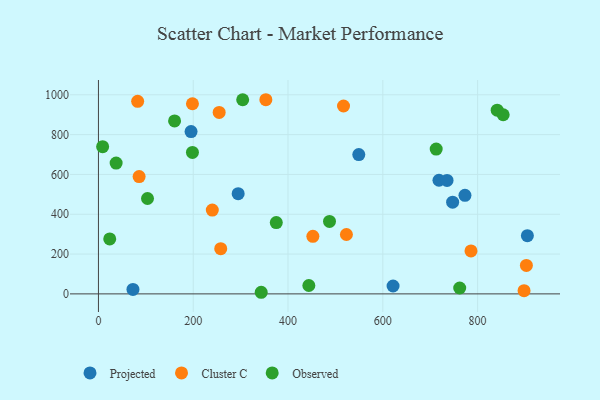
{"axis": {"x": "Price", "y": "Exam Score"}, "legend": ["Cluster C", "Observed", "Projected"], "data": [{"x": "718.5", "y": 570.8, "type": "Projected"}, {"x": "72.8", "y": 22.5, "type": "Projected"}, {"x": "747.3", "y": 460.4, "type": "Projected"}, {"x": "549.3", "y": 699.6, "type": "Projected"}, {"x": "294.8", "y": 503.5, "type": "Projected"}, {"x": "773.3", "y": 494.8, "type": "Projected"}, {"x": "735.5", "y": 570.1, "type": "Projected"}, {"x": "621.6", "y": 39.5, "type": "Projected"}, {"x": "195.4", "y": 815.3, "type": "Projected"}, {"x": "905.0", "y": 292.6, "type": "Projected"}, {"x": "82.7", "y": 967.2, "type": "Cluster C"}, {"x": "902.9", "y": 143.1, "type": "Cluster C"}, {"x": "523.2", "y": 298.4, "type": "Cluster C"}, {"x": "198.3", "y": 955.1, "type": "Cluster C"}, {"x": "786.0", "y": 216.0, "type": "Cluster C"}, {"x": "85.8", "y": 589.1, "type": "Cluster C"}, {"x": "258.0", "y": 227.3, "type": "Cluster C"}, {"x": "254.7", "y": 911.6, "type": "Cluster C"}, {"x": "517.1", "y": 943.7, "type": "Cluster C"}, {"x": "353.2", "y": 975.2, "type": "Cluster C"}, {"x": "452.4", "y": 289.2, "type": "Cluster C"}, {"x": "898.0", "y": 16.2, "type": "Cluster C"}, {"x": "240.2", "y": 420.9, "type": "Cluster C"}, {"x": "841.3", "y": 922.5, "type": "Observed"}, {"x": "198.3", "y": 710.6, "type": "Observed"}, {"x": "343.4", "y": 8.1, "type": "Observed"}, {"x": "8.8", "y": 739.4, "type": "Observed"}, {"x": "103.5", "y": 479.0, "type": "Observed"}, {"x": "443.9", "y": 42.2, "type": "Observed"}, {"x": "37.3", "y": 656.8, "type": "Observed"}, {"x": "712.6", "y": 727.5, "type": "Observed"}, {"x": "375.2", "y": 358.3, "type": "Observed"}, {"x": "487.5", "y": 364.1, "type": "Observed"}, {"x": "304.3", "y": 975.1, "type": "Observed"}, {"x": "762.2", "y": 29.5, "type": "Observed"}, {"x": "160.6", "y": 868.9, "type": "Observed"}, {"x": "854.0", "y": 899.8, "type": "Observed"}, {"x": "23.8", "y": 276.2, "type": "Observed"}]}